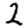
Digit: 2